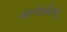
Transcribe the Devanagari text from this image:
आगेनवैल्यू